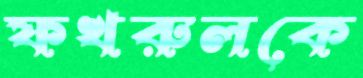
ফখরুলকে